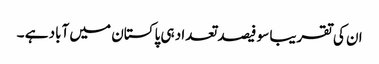
ان کی تقریبا سو فیصد تعداد ہی پاکستان میں آباد ہے ۔